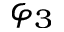
\varphi _ { 3 }